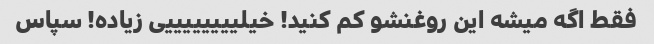
فقط اگه میشه این روغنشو کم کنید! خیلییییییییی زیاده! سپاس